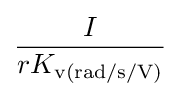
{\frac {I}{rK_{\text{v(rad/s/V)}}}}